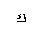
Letter: _kaf